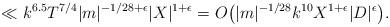
LaTeX: \begin{align*}_{}\ll k^{6.5} T^{7/4}|m|^{-1/28+\epsilon}|X|^{1+\epsilon}=O\big( |m|^{-1/28} k^{10} X^{1+\epsilon} |D|^{\epsilon}\big).\end{align*}